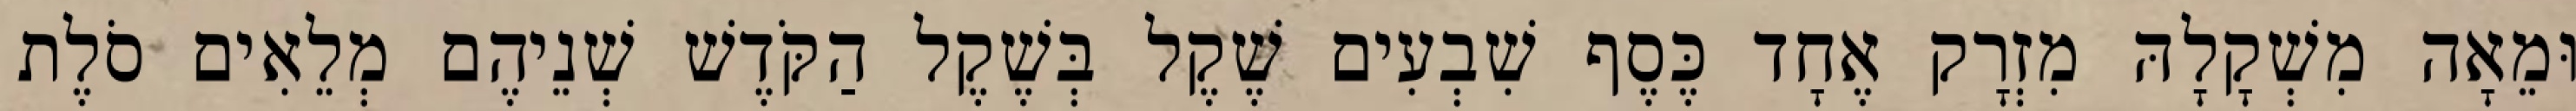
וּמֵאָה מִשְׁקָלָהּ מִזְרָק אֶחָד כֶּסֶף שִׁבְעִים שֶׁקֶל בְּשֶׁקֶל הַקֹּדֶשׁ שְׁנֵיהֶם מְלֵאִים סֹלֶת